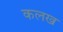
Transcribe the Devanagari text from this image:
कलख